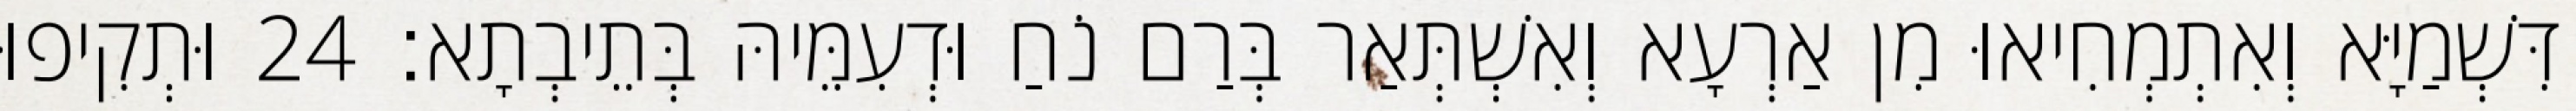
דִּשְׁמַיָּא וְאִתְמְחִיאוּ מִן אַרְעָא וְאִשְׁתְּאַר בְּרַם נֹחַ וּדְעִמֵּיהּ בְּתֵיבְתָא׃ 24 וּתְקִיפוּ